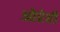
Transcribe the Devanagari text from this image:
ओरेठी